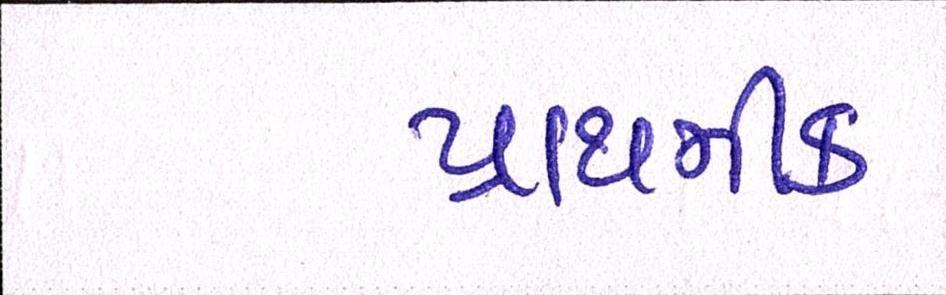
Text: પ્રાથમીક